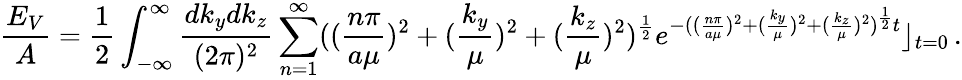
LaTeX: \frac{E_{V}}{A}=\frac{1}{2}\int_{-\infty}^{\infty}\frac{dk_{y}dk_{z}}{(2\pi)^{2}}\sum_{n=1}^{\infty}((\frac{n\pi}{a\mu})^{2}+(\frac{k_{y}}{\mu})^{2}+(\frac{k_{z}}{\mu})^{2})^{\frac 12}e^{-((\frac{n\pi}{a\mu})^{2}+(\frac{k_{y}}{\mu})^{2}+(\frac{k_{z}}{\mu})^{2})^{\frac 12}t}\rfloor_{t=0}\, .